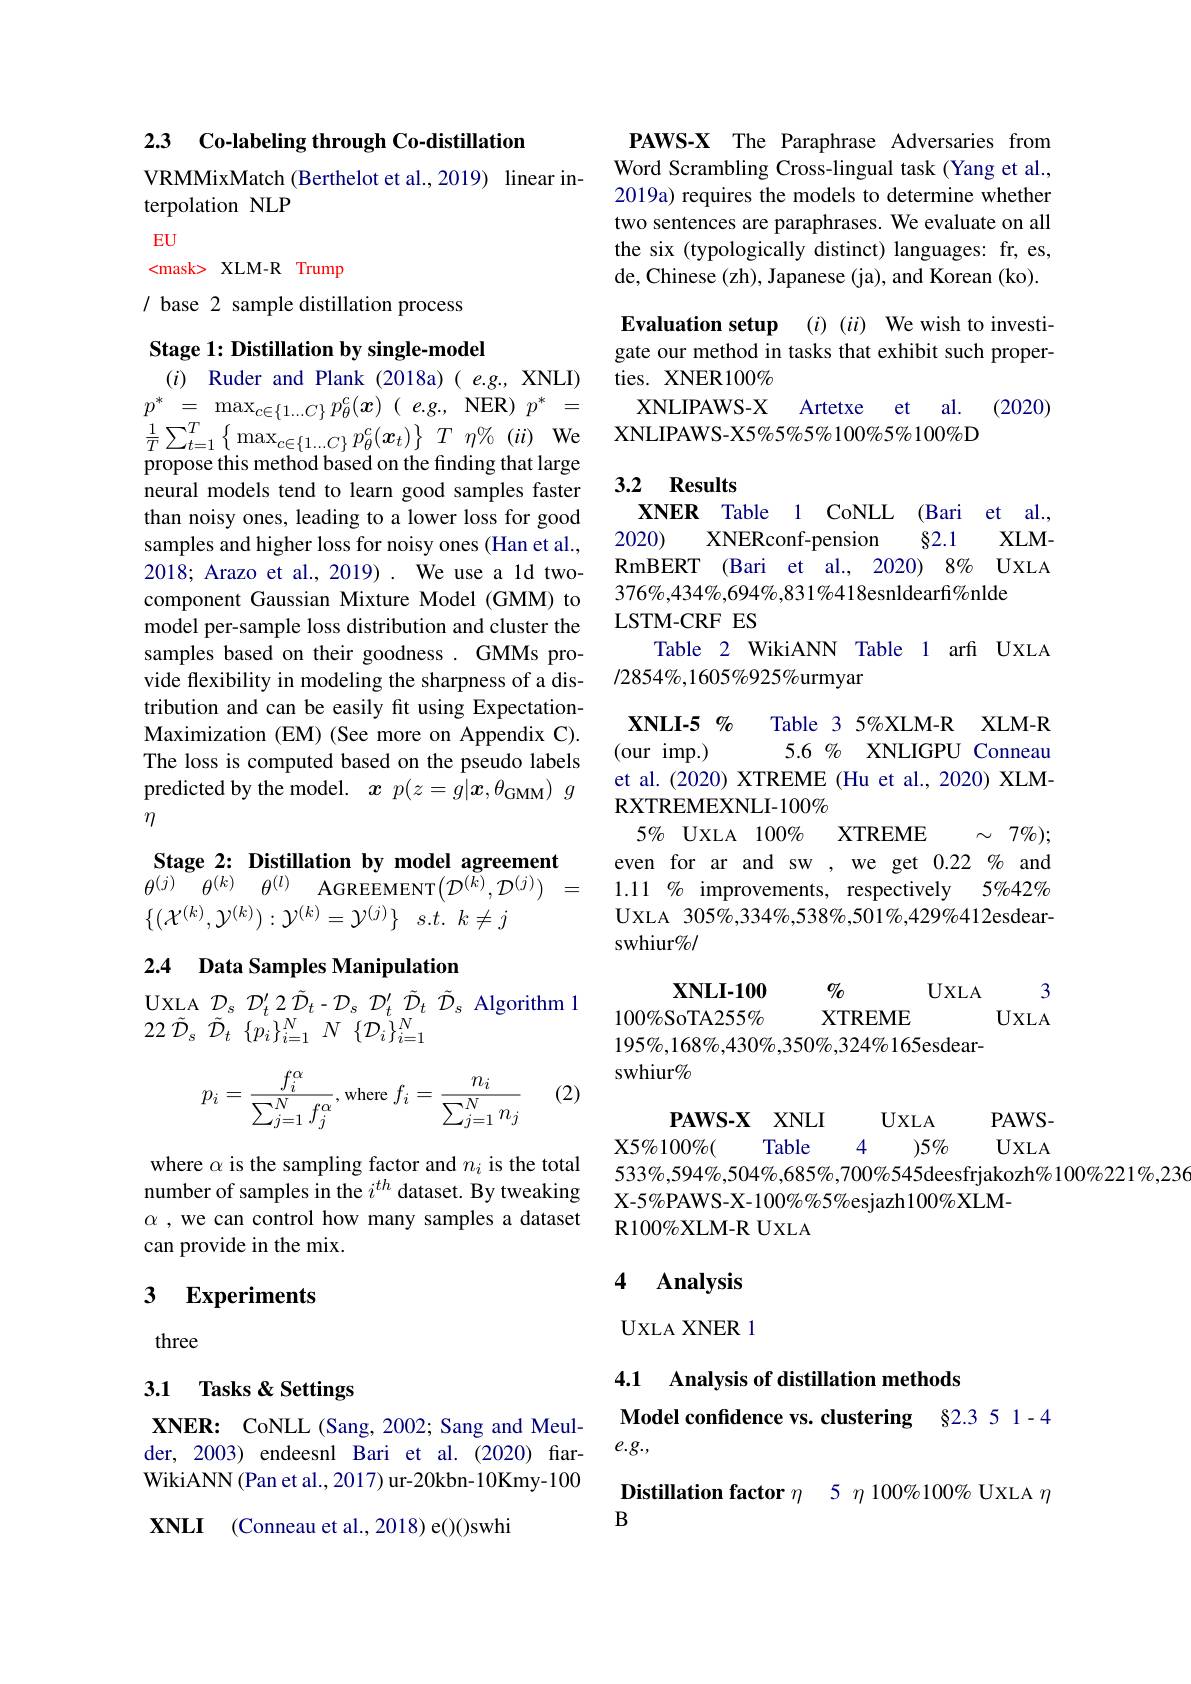
2.3 $\textbf{Co- labeling through Co- distillation}$

VRMMixMatch (Berthelot et al.,2019) linear in-
## terpolation NLP

EU
<mask> XLM-R Trump
/ base 2 sample distillation process

Stage 1: Distillation by single-model

$( i)$ Ruder and Plank (2018a)( e.g., XNLI) neural models tend to learn good samples faster than noisy ones, leading to a lower loss for good samples and higher loss for noisy ones (Han et al., 2018; Arazo et al., 2019) . We use a ld twocomponent Gaussian Mixture Model (GMM) to model per-sample loss distribution and cluster the samples based on their goodness. GMMs provide flexibility in modeling the sharpness of a distribution and can be easily fit using ExpectationMaximization (EM) (See more on Appendix C). The loss is computed based on the pseudo labels predicted by the model. $x$ $p(z=\bar{g|}\boldsymbol{x},\theta_\mathrm{GMM})$ $g$ $\eta$

Stage 2: Distillation by model agreement $\theta ^{( j) }\theta ^{( k) }$ $\theta ^{( l) }$ AGREEMENT$( \mathcal{D} ^( k) , \mathcal{D} ^{( j) })$ =

$\{ ( \mathcal{X} ^{( k) }, \mathcal{Y} ^{( k) }) : \mathcal{Y} ^{( k) }= \mathcal{Y} ^{( j) }\}$ $s. t.$ $k\neq j$

2.4 Data Samples Manipulation

UXLA $D_{s}$ $\mathcal{D} _{t}^{\prime }$ 2 $\tilde{D} _{t}- \mathcal{D} _{s}$ $\mathcal{D} _{t}^{\prime }$ $\tilde{D} _{t}$ $\tilde{D} _{s}$ Algorithm 1
22 $\tilde{\mathcal{D} } _{s}$ $\tilde{\mathcal{D} } _{t}$ $\{ p_{i}\} _{i= 1}^{N}$ $N$ $\{ {\mathcal{D} }_{i}\} _{i= 1}^{N}$

(2)
$$p_{i}=\frac{f_{i}^{\alpha}}{\sum_{j=1}^{N}f_{j}^{\alpha}},\mathrm{where}\:f_{i}=\frac{n_{i}}{\sum_{j=1}^{N}n_{j}}$$
where $\alpha$ is the sampling factor and $n_i$ is the total number of samples in the $i^{th}$ dataset. By tweaking $\alpha$ ,we can control how many samples a dataset can provide in the mix.

### 3 $\textbf{Experiments}$

three

### 3.1 Tasks &Settings

XNER: CoNLL(Sang, 2002; Sang and Meulder, 2003) endeesnl Bari et al. (2020) farWikiANN (Pan et al., 2017) ur-20kbn-10Kmy-100

$XNLI$

(Conneau et al., 2018) e()()swhi

PAWS-X The Paraphrase Adversaries from Word Scrambling Cross-lingual task (Yang et al., 2019a) requires the models to determine whether two sentences are paraphrases. We evaluate on all the six (typologically distinct) languages: fr, es, de, Chinese (zh), Japanese (ja), and Korean (ko).

Evaluation setup $(i)(ii)$ We wish to investigate our method in tasks that exhibit such properties. XNER100%
XNLIPAWS-X Artetxe et al. (2020)
$\begin{array}{lcl}p^{*}=&\max_{c\in\{1...C\}}p_{\theta}^{c}(\boldsymbol{x})\:(\:e.g,\:\mathbf{NER})\:p^{*}=&\text{XNLIPAWS-X Artetxe et al.}\\\frac{1}{T}\sum_{t=1}^{T}\left\{\max_{c\in\{1...C\}}p_{\theta}^{c}(\boldsymbol{x}_{t})\right\}\:T\:\eta\%\:(ii)\:\mathrm{We}&\text{XNLIPAWS-X5\%5\%100\%5\%100\%D}\\\text{propose this method based on the finding that large}\end{array}$

## 3.2 Results

XNER Table 1 CoNLL (Bari et al.,
2020)
$\S2.1$
$XLM-$
XNERconf-pension
RmBERT (Bari et al., 2020) 8% UXLA
$376\%,434\%,694\%,831\%418$esnldearf$\%$nlde
LSTM-CRF ES
Table 2 WikiANN Table 1 arfi UXLA

12854%,1605%925%urmyar

$\mathbf{XNLI-5}$ %
Table 3 5%XLM-R XLM-R
(our imp.)
$5. 6\%$ XNLIGPU Conneau
et al.(2020) XTREME (Hu et al., 2020) XLM-
RXTREMEXNLI-100%
$\sim7\%);$
$5\%$ UXLA $100\%$
XTREME
even for ar and sw , we get $0.22\%$ and
1.11 $\%$ improvements, respectively
$5\%42\%$
UXLA 305%,334%,538%,501%,429%412esdear-
swhiur$\%/$

3
$0/_{0}$
$UXLA$
$\mathbf{XNLI-100}$ $100\%$SoTA255%
XTREME
UXLA

$195\%,168\%,430\%,350\%,324\%165$esdear-
swhiur%

$\mathbf{PAWS- X}$ XNLI
PAWS-
$UXLA$
X5%100%(
4
Table
$)5\%$
UXLA

$533\%,594\%,504\%,685\%,700\%545$deesfrjakozh%100%221%,2366,
X-5%PAWS-X-100%%5%esjazh100%XLM-
R100%XLM-R UXLA

## 4 Analysis

UXLA XNER 1

4.1 Analysis of distillation methods
$\textbf{Model confidence vs.  clustering}$ $\S 2. 3 5 1- 4$
$e.g.$,

Distillation factor $\eta$ 5 $\eta$ 100%100% UXLA $\eta$
B